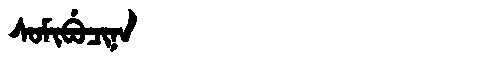
Manchu: ᠰᠣᠮᡳᠪᡠᠴᡳᠨᠠ
Romanization: SOMIBUCINA